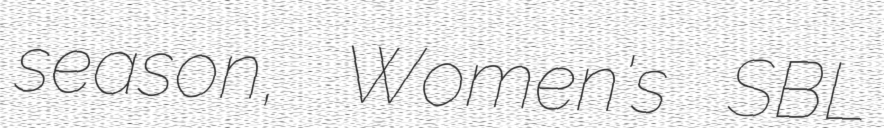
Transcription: season, Women's SBL